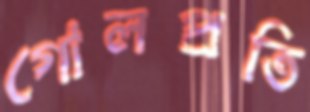
গোলপ্রতি